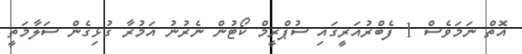
އޮތް ނަމަވެސް 1 ފެބްރުއަރީގައި ސުޕްރީމް ކޯޓުން ނެރުނު އަމުރާ ގުޅިގެން ސަލާމަތީ